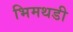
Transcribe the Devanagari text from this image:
भिमथडी